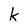
Character: k